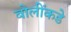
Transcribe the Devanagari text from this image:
बोलींकडे